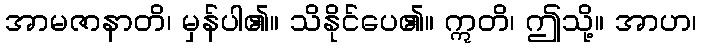
အာမဇာနာတိ၊ မှန်ပါ၏။ သိနိုင်ပေ၏။ ဣတိ၊ ဤသို့။ အာဟ၊